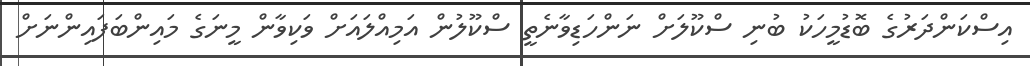
އިސްކަންދަރުގެ ބޮޑުމީހަކު ބުނި ސްކޫލަށް ނަންހަޑިވާނެތީ ސްކޫލުން އަމިއްލައަށް ވަކިވާން މީނަގެ މައިންބަފައިންނަށް